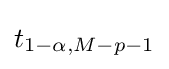
t_{1-\alpha ,M-p-1}